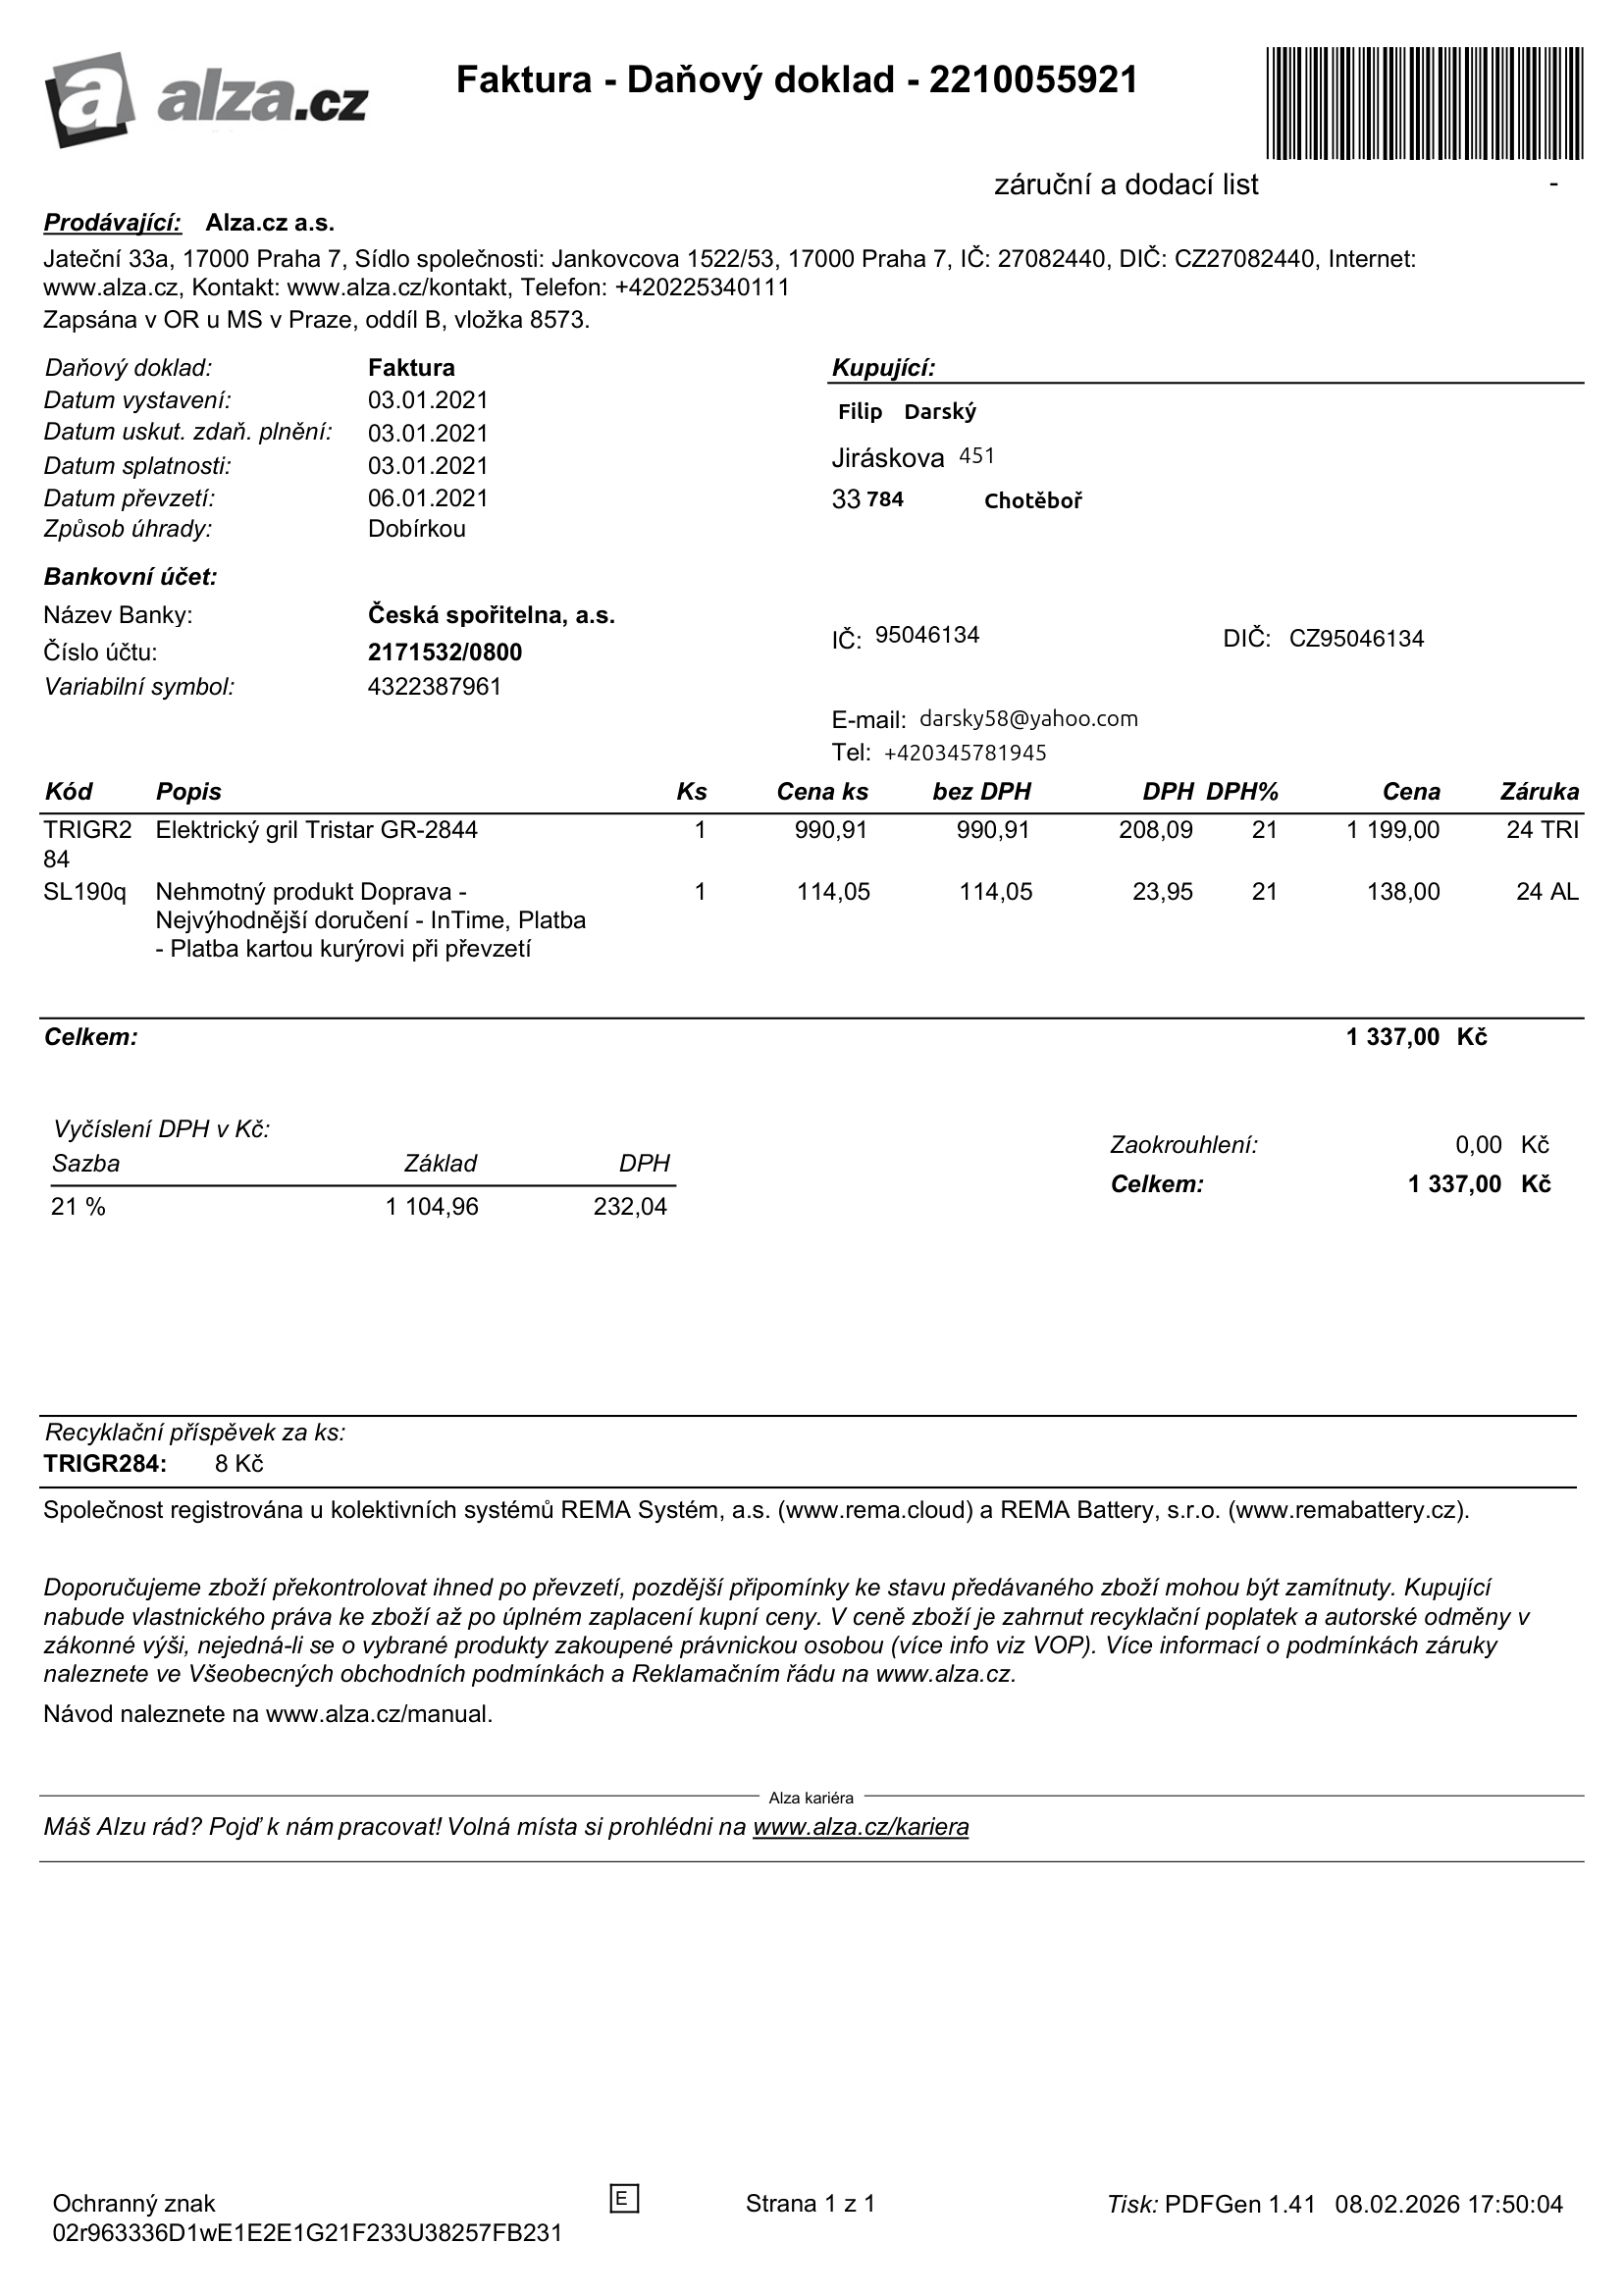
invoice_number: 2210055921
supp_register_id: 27082440
supp_tax_id: CZ27082440
cust_register_id: 95046194
cust_tax_id: CZ95046134
issue_date: 03.01.2021
taxable_supply_date: 03.01.2021
due_date: 03.01.2021
payment_type: Dobírkou
bank_account_number: 2171532/0800
variable_symbol: 4322387961
total: 1377,00